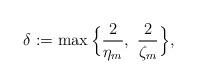
LaTeX: \begin{align*}\delta:= \max\Big\{\frac{2}{\eta_m},\,\, \frac{2}{\zeta_m} \Big\},\end{align*}